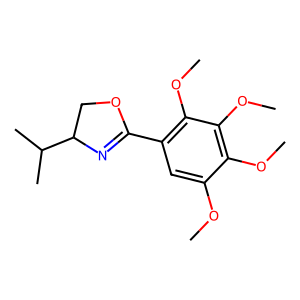
SMILES: COc1cc(C2=NC(C(C)C)CO2)c(OC)c(OC)c1OC
Inhibits HIV replication: No